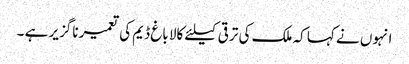
انہوں نے کہا کہ ملک کی ترقی کیلئے کالا باغ ڈیم کی تعمیر ناگزیر ہے ۔